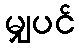
မျှပင်